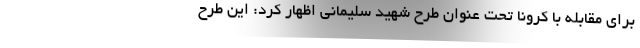
برای مقابله با کرونا تحت عنوان طرح شهید سلیمانی اظهار کرد: این طرح